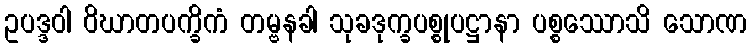
ဥပဒ္ဒဝါ ဝိဃာတပက္ခိကံ တမ္ဗနခါ သုခဒုက္ခပစ္စုပဋ္ဌာနာ ပစ္စဿောသိ သောဏ